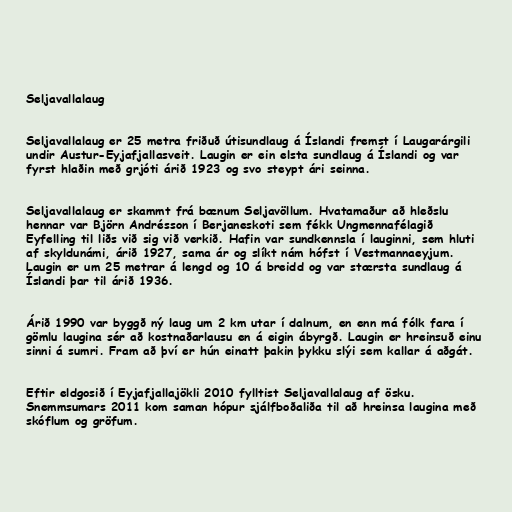
Seljavallalaug

Seljavallalaug er 25 metra friðuð útisundlaug á Íslandi fremst í Laugarárgili
undir Austur-Eyjafjallasveit. Laugin er ein elsta sundlaug á Íslandi og var
fyrst hlaðin með grjóti árið 1923 og svo steypt ári seinna.

Seljavallalaug er skammt frá bænum Seljavöllum. Hvatamaður að hleðslu
hennar var Björn Andrésson í Berjaneskoti sem fékk Ungmennafélagið
Eyfelling til liðs við sig við verkið. Hafin var sundkennsla í lauginni, sem hluti
af skyldunámi, árið 1927, sama ár og slíkt nám hófst í Vestmannaeyjum.
Laugin er um 25 metrar á lengd og 10 á breidd og var stærsta sundlaug á
Íslandi þar til árið 1936.

Árið 1990 var byggð ný laug um 2 km utar í dalnum, en enn má fólk fara í
gömlu laugina sér að kostnaðarlausu en á eigin ábyrgð. Laugin er hreinsuð einu
sinni á sumri. Fram að því er hún einatt þakin þykku slýi sem kallar á aðgát.

Eftir eldgosið í Eyjafjallajökli 2010 fylltist Seljavallalaug af ösku.
Snemmsumars 2011 kom saman hópur sjálfboðaliða til að hreinsa laugina með
skóflum og gröfum.